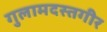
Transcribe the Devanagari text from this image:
गुलामदस्तगीर